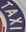
TAXI